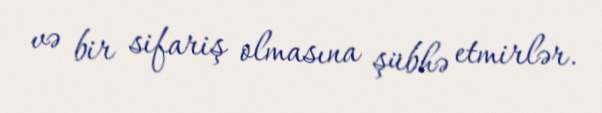
və bir sifariş olmasına şübhə etmirlər.